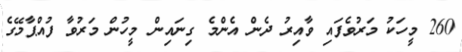
260 މީހަކު މަރުވެފައި ވާއިރު ދެން އެންމެ ގިނައިން މީހުން މަރުވާ ފުއްޕާމޭގެ